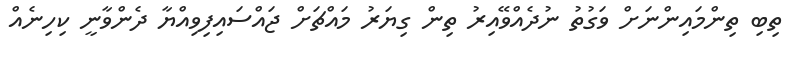
ތިބި ތިންމައިންނަށް ވަގުތު ނުދެއްވޭއިރު ތިން ގިޔަރު މައްޗަށް ޖައްސައިފިވިއްޔާ ދެންވާނީ ކިހިނެއް